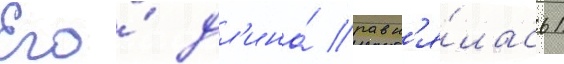
Его́ дл'ина́ равн'я́лась 1